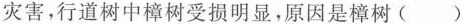
灾害，行道树中樟树受损明显，原因是樟树()